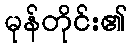
မုန်တိုင်း၏